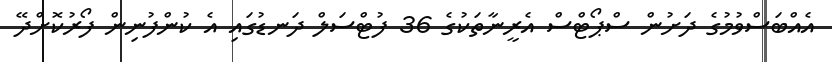
އެއްބަސްވުމުގެ ދަށުން ސްޕޯޓްސް އެރީނާތަކުގެ 36 ފުޓްސަލް ދަނޑުގައި އެ ކުންފުނިން ފޯރުކޮށްދޭ